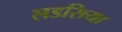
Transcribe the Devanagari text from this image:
लडसिया